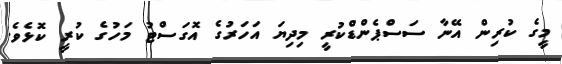
މީގެ ކުރިން އޭނާ ސަސްޕެންޑްކުރީ މިދިޔަ އަހަރުގެ އޮގަސްޓު މަހުގެ ކުރީ ކޮޅެވެ.